Voru_kinnistusamet, lk 19
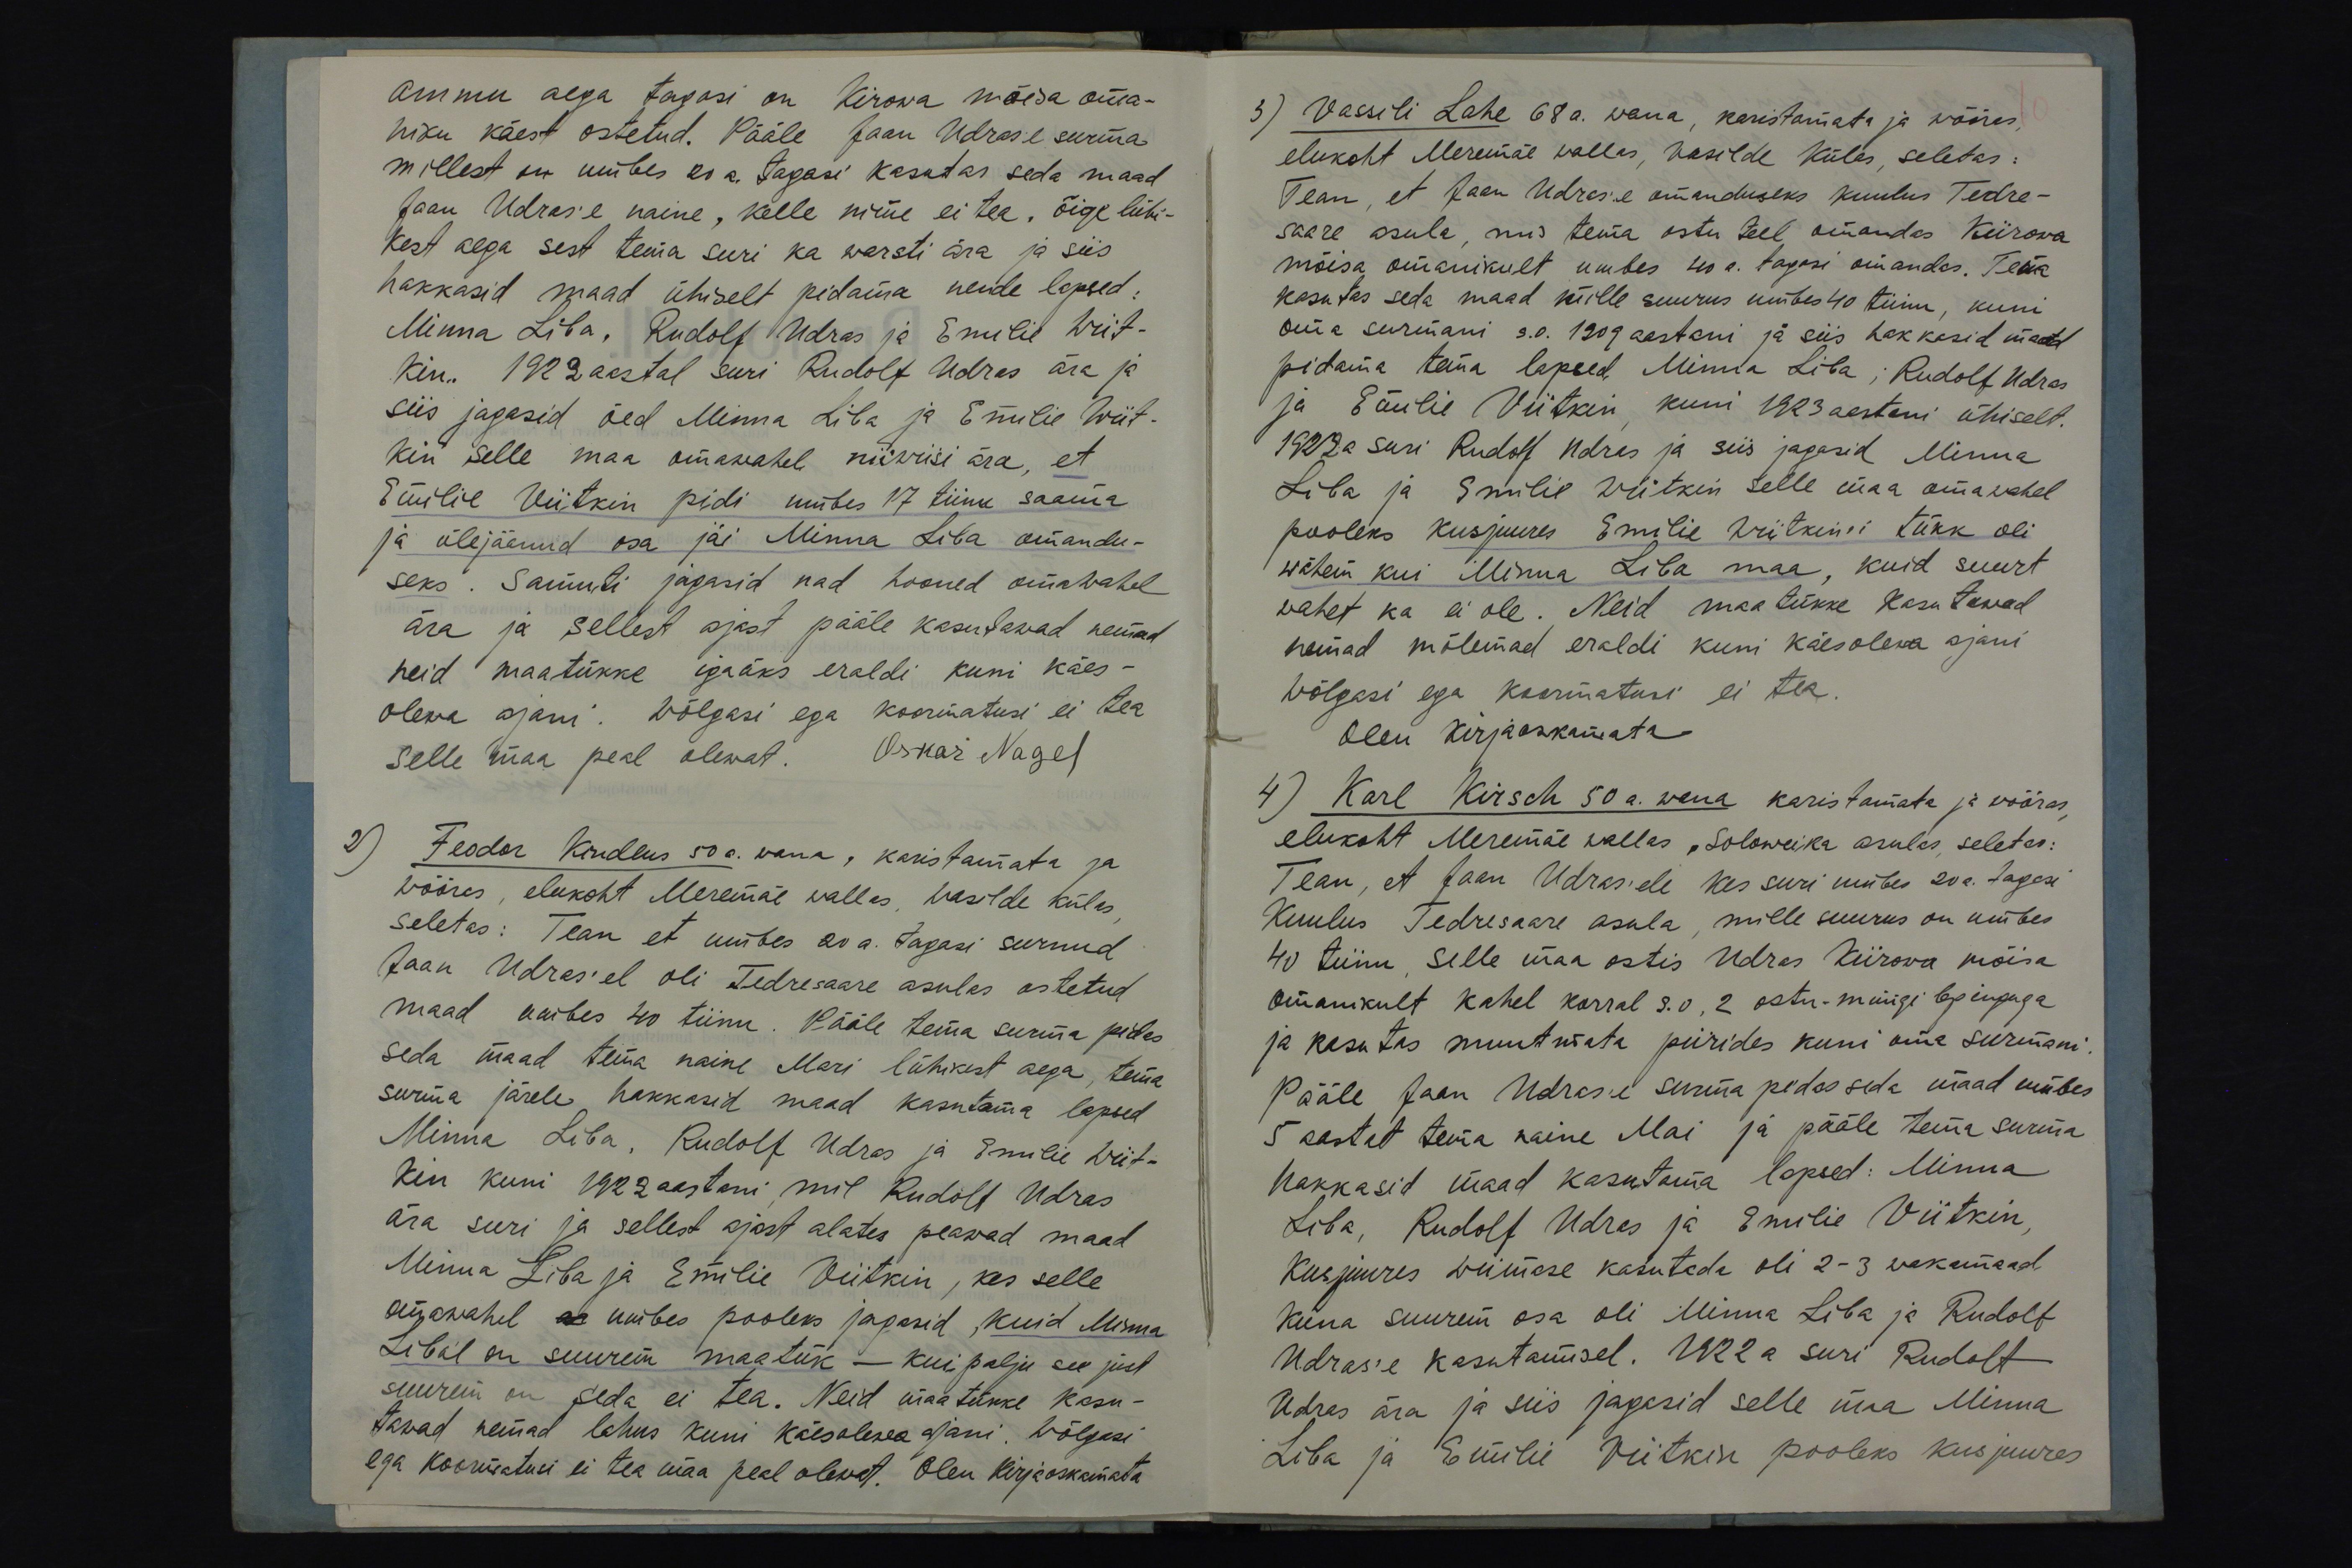
ammu aega tagasi on Kirowa mõisa oma-
niku käest ostetud. Pääle Jaan Udrase surma
millest on umbes 20 a. tagasi kasutas seda maad
Jaan Udras'e naine, kelle nime ei tea. õige lühi-
kest aega sest tema suri ka warsti ära ja siis
hakkasid maad ühiselt pidama nende lapsed:
Minna Liba, Rudolf Udras ja Emilie Wiit-
kin. 1922 aastal suri Rudolf Udras ära ja
siis jagasid õed Minna Liba ja Emilie Wiit-
kin selle maa omawahel niiwiisi ära, et
Emilie Viitkin pidi umbes 17 tiinu saama
ja ülejäänud osa jäi Minna Liba omandu-
seks. Samuti jagasid nad hooned omawahel
ära ja sellest ajast pääle kasutawad nemad
neid maatükke igaüks eraldi kuni käes-
olewa ajani. Wõlgasi ega koormatusi ei tea
selle maa peal olewat. Oskar Nagel
2) Feodor Kindlus 50 a. wana, karistamata ja
wõõras, elukoht Meremäe wallas, Wasilde külas,
seletas: Tean et umbes 20 a. tagasi surnud
Jaan Udras´el oli Tedresaare asulas ostetud
maad umbes 40 tiinu. Pääle tema surma pidas
seda maad tema naine Mari lühikest aega, tema
surma järele hakkasid maad kasutama lapsed
Minna Liba, Rudolf Udras ja Emilie Wiit-
kin kuni 1922 aastani, mil Rudolf Udras
ära suri ja sellest ajast alates peawad maad
Minna Liba ja Emilie Viitkin, kes selle
omawahel on umbes pooleks jagasid, kuid Minna
Libal on suurem maatük - kui palju see just
suurem on seda ei tea. Neid maatükke kasu-
tawad nemad lahus kuni käesolewa ajani. Wõlgasi
ega koormatusi ei tea maa peal olewat. Olen kirjaoskamata

3) Vassili Lahe 68 a. wana, karistamata ja wõõras,
elukoht Meremäe wallas, Vasilde külas, seletas:
Tean, et Jaan Udras'e omanduseks kuulus Tedre-
saare asula, mis tema ostu teel omandas Kiirowa
mõisa omanikult umbes 40 a. tagasi omandas. Tema
kasutas seda maad mille suurus umbes 40 tiinu, kuni
oma surmani s.o. 1909 aastani ja siis hakkasid maad
pidama tema lapsed, Minna Liba; Rudolf Udras
ja Emilie Viitkin, kuni 1923 aastani ühiselt.
1923 a suri Rudolf Udras ja siis jagasid Minna
Liba ja Emilie Wiitkin selle maa omawahel
pooleks kusjuures Emilie Wiitkini tükk oli
wähem kui Minna Liba maa, kuid suurt
wahet ka ei ole. Neid maatükke kasutawad
nemad mõlemad eraldi kuni käesolewa ajani
Wõlgasi ega koormatusi ei tea.
Olen kirjaoskamata
4) Karl Kirsch 50a. wana karistamata ja wõõras,
elukoht Meremäe wallas, Soloweika asulas, seletas:
Tean, et Jaan Udras'ele kes suri umbes 20 a. tagasi
kuulus Tedresaare asula, mille suurus on umbes
40 tiinu, selle maa ostis Udras Kiirowa mõisa
omanikult kahel korral s.o, 2 ostu-müügi lepinguga
ja kasutas muutmata piirides kuni oma surmani.
Pääle Jaan Udrase surma pidas seda maad umbes
5 aastat tema naine Mai ja pääle tema surma
hakkasid maad kasutama lapsed: Minna
Liba, Rudolf Udras ja Emilie Viitkin,
kusjuures wiimase kasutada oli 2-3 wakamaad,
kuna suurem osa oli Minna Liba ja Rudolf
Udras´e kasutamisel. 1922 a suri Rudolf
Udras ära ja siis jagasid selle maa Minna
Liba ja Emilie Viitkin pooleks kusjuures